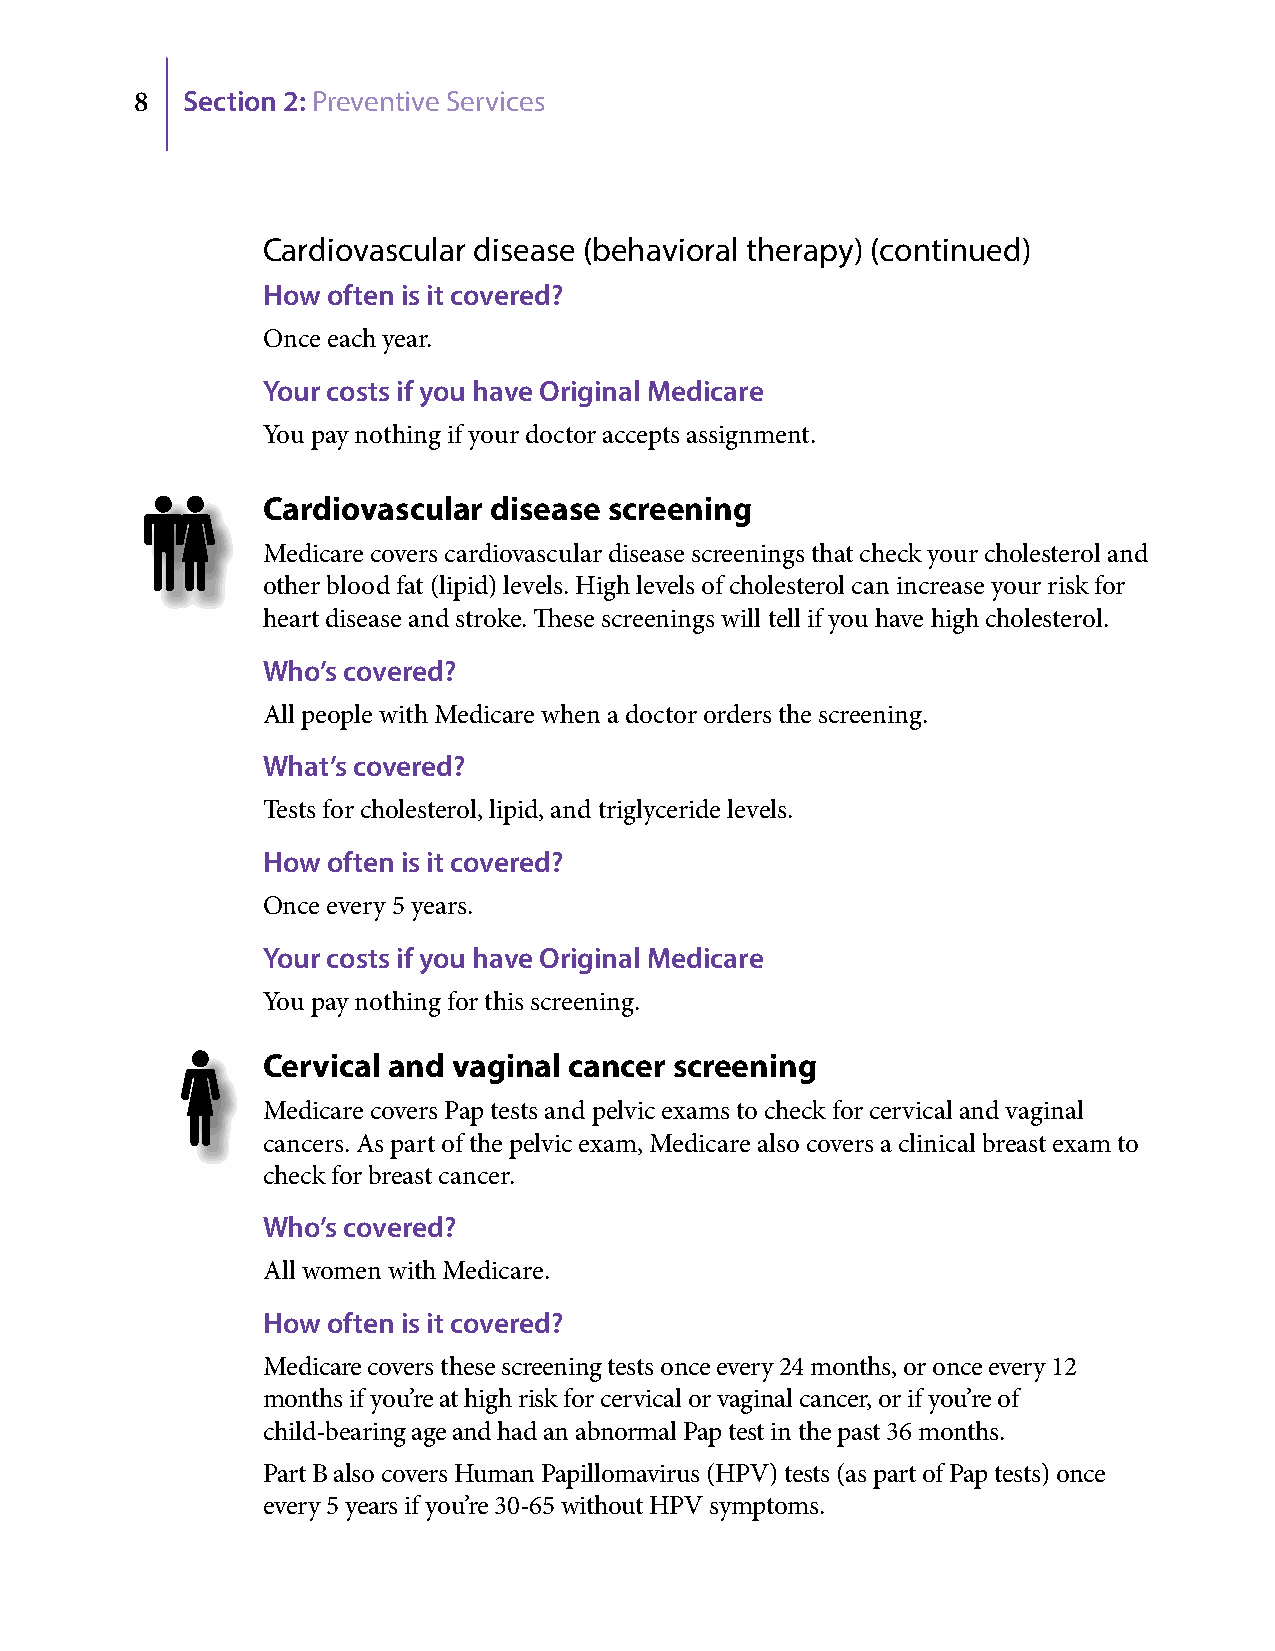
8  Section 2: Preventive Services
 Cardiovascular disease (behavioral therapy) (continued)
 How  often is it covered?
 Once each year.
 Your costs if you have Original Medicare
 You pay nothing if your doctor accepts assignment.
 Cardiovascular disease screening
 Medicare covers cardiovascular disease screenings that check your cholesterol and
 other blood fat (lipid) levels. High levels of cholesterol can increase your risk for
 heart disease and stroke. These screenings will tell if you have high cholesterol.
 Who’s covered?
 All people with Medicare when a doctor orders the screening.
 What’s covered?
 Tests for cholesterol, lipid, and triglyceride levels.
 How  often is it covered?
 Once every 5 years.
 Your costs if you have Original Medicare
 You pay nothing for this screening.
 Cervical and vaginal cancer screening
 Medicare covers Pap tests and pelvic exams to check for cervical and vaginal
 cancers. As part of the pelvic exam, Medicare also covers a clinical breast exam to
 check for breast cancer.
 Who’s covered?
 All women with Medicare.
 How  often is it covered?
 Medicare covers these screening tests once every 24 months, or once every 12
 months if you’re at high risk for cervical or vaginal cancer, or if you’re of
 child-bearing age and had an abnormal Pap test in the past 36 months.
 Part B also covers Human Papillomavirus (HPV) tests (as part of Pap tests) once
 every 5 years if you’re 30-65 without HPV symptoms.